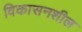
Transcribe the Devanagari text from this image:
विकासनशील